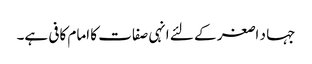
جہا د اصغر کے لئے انہی صفات کا امام کافی ہے۔